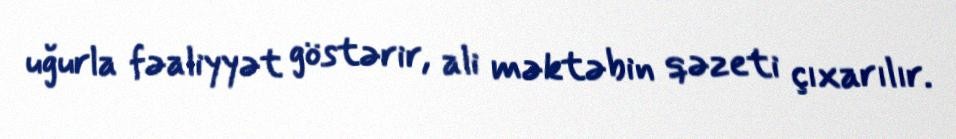
uğurla fəaliyyət göstərir, ali məktəbin qəzeti çıxarılır.